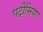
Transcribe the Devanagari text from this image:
पट्रीसिया